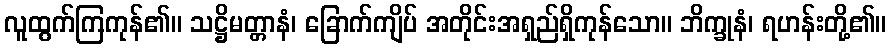
လူထွက်ကြကုန်၏။ သဋ္ဌိမတ္တာနံ၊ ခြောက်ကျိပ် အတိုင်းအရှည်ရှိကုန်သော။ ဘိက္ခုနံ၊ ရဟန်းတို့၏။